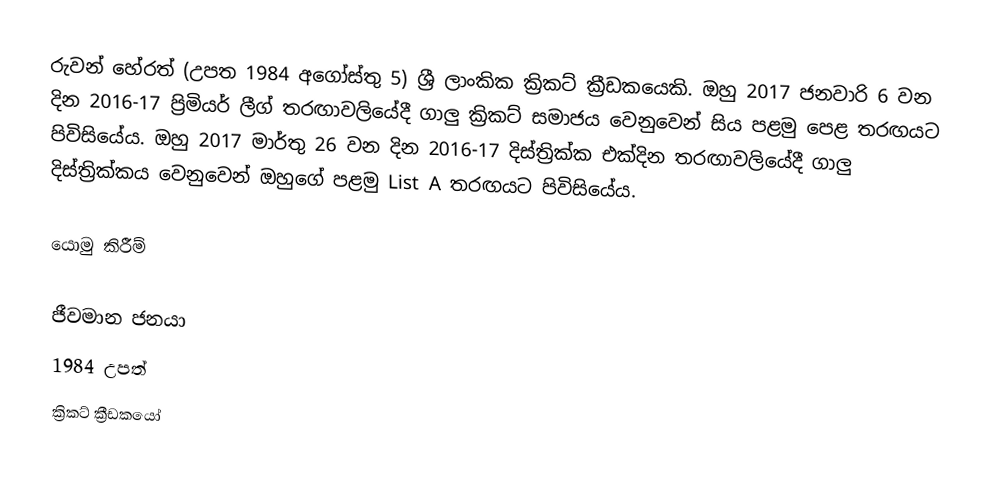
රුවන් හේරත් (උපත 1984 අගෝස්තු 5) ශ්‍රී ලාංකික ක්‍රිකට් ක්‍රීඩකයෙකි. ඔහු 2017 ජනවාරි 6 වන දින 2016-17 ප්‍රිමියර් ලීග් තරඟාවලියේදී ගාලු ක්‍රිකට් සමාජය වෙනුවෙන් සිය පළමු පෙළ තරඟයට පිවිසියේය. ඔහු 2017 මාර්තු 26 වන දින 2016-17 දිස්ත්‍රික්ක එක්දින තරඟාවලියේදී ගාලු දිස්ත්‍රික්කය වෙනුවෙන් ඔහුගේ පළමු List A තරඟයට පිවිසියේය.

යොමු කිරීම්

ජීවමාන ජනයා
1984 උපත්
ක්‍රිකට් ක්‍රීඩකයෝ